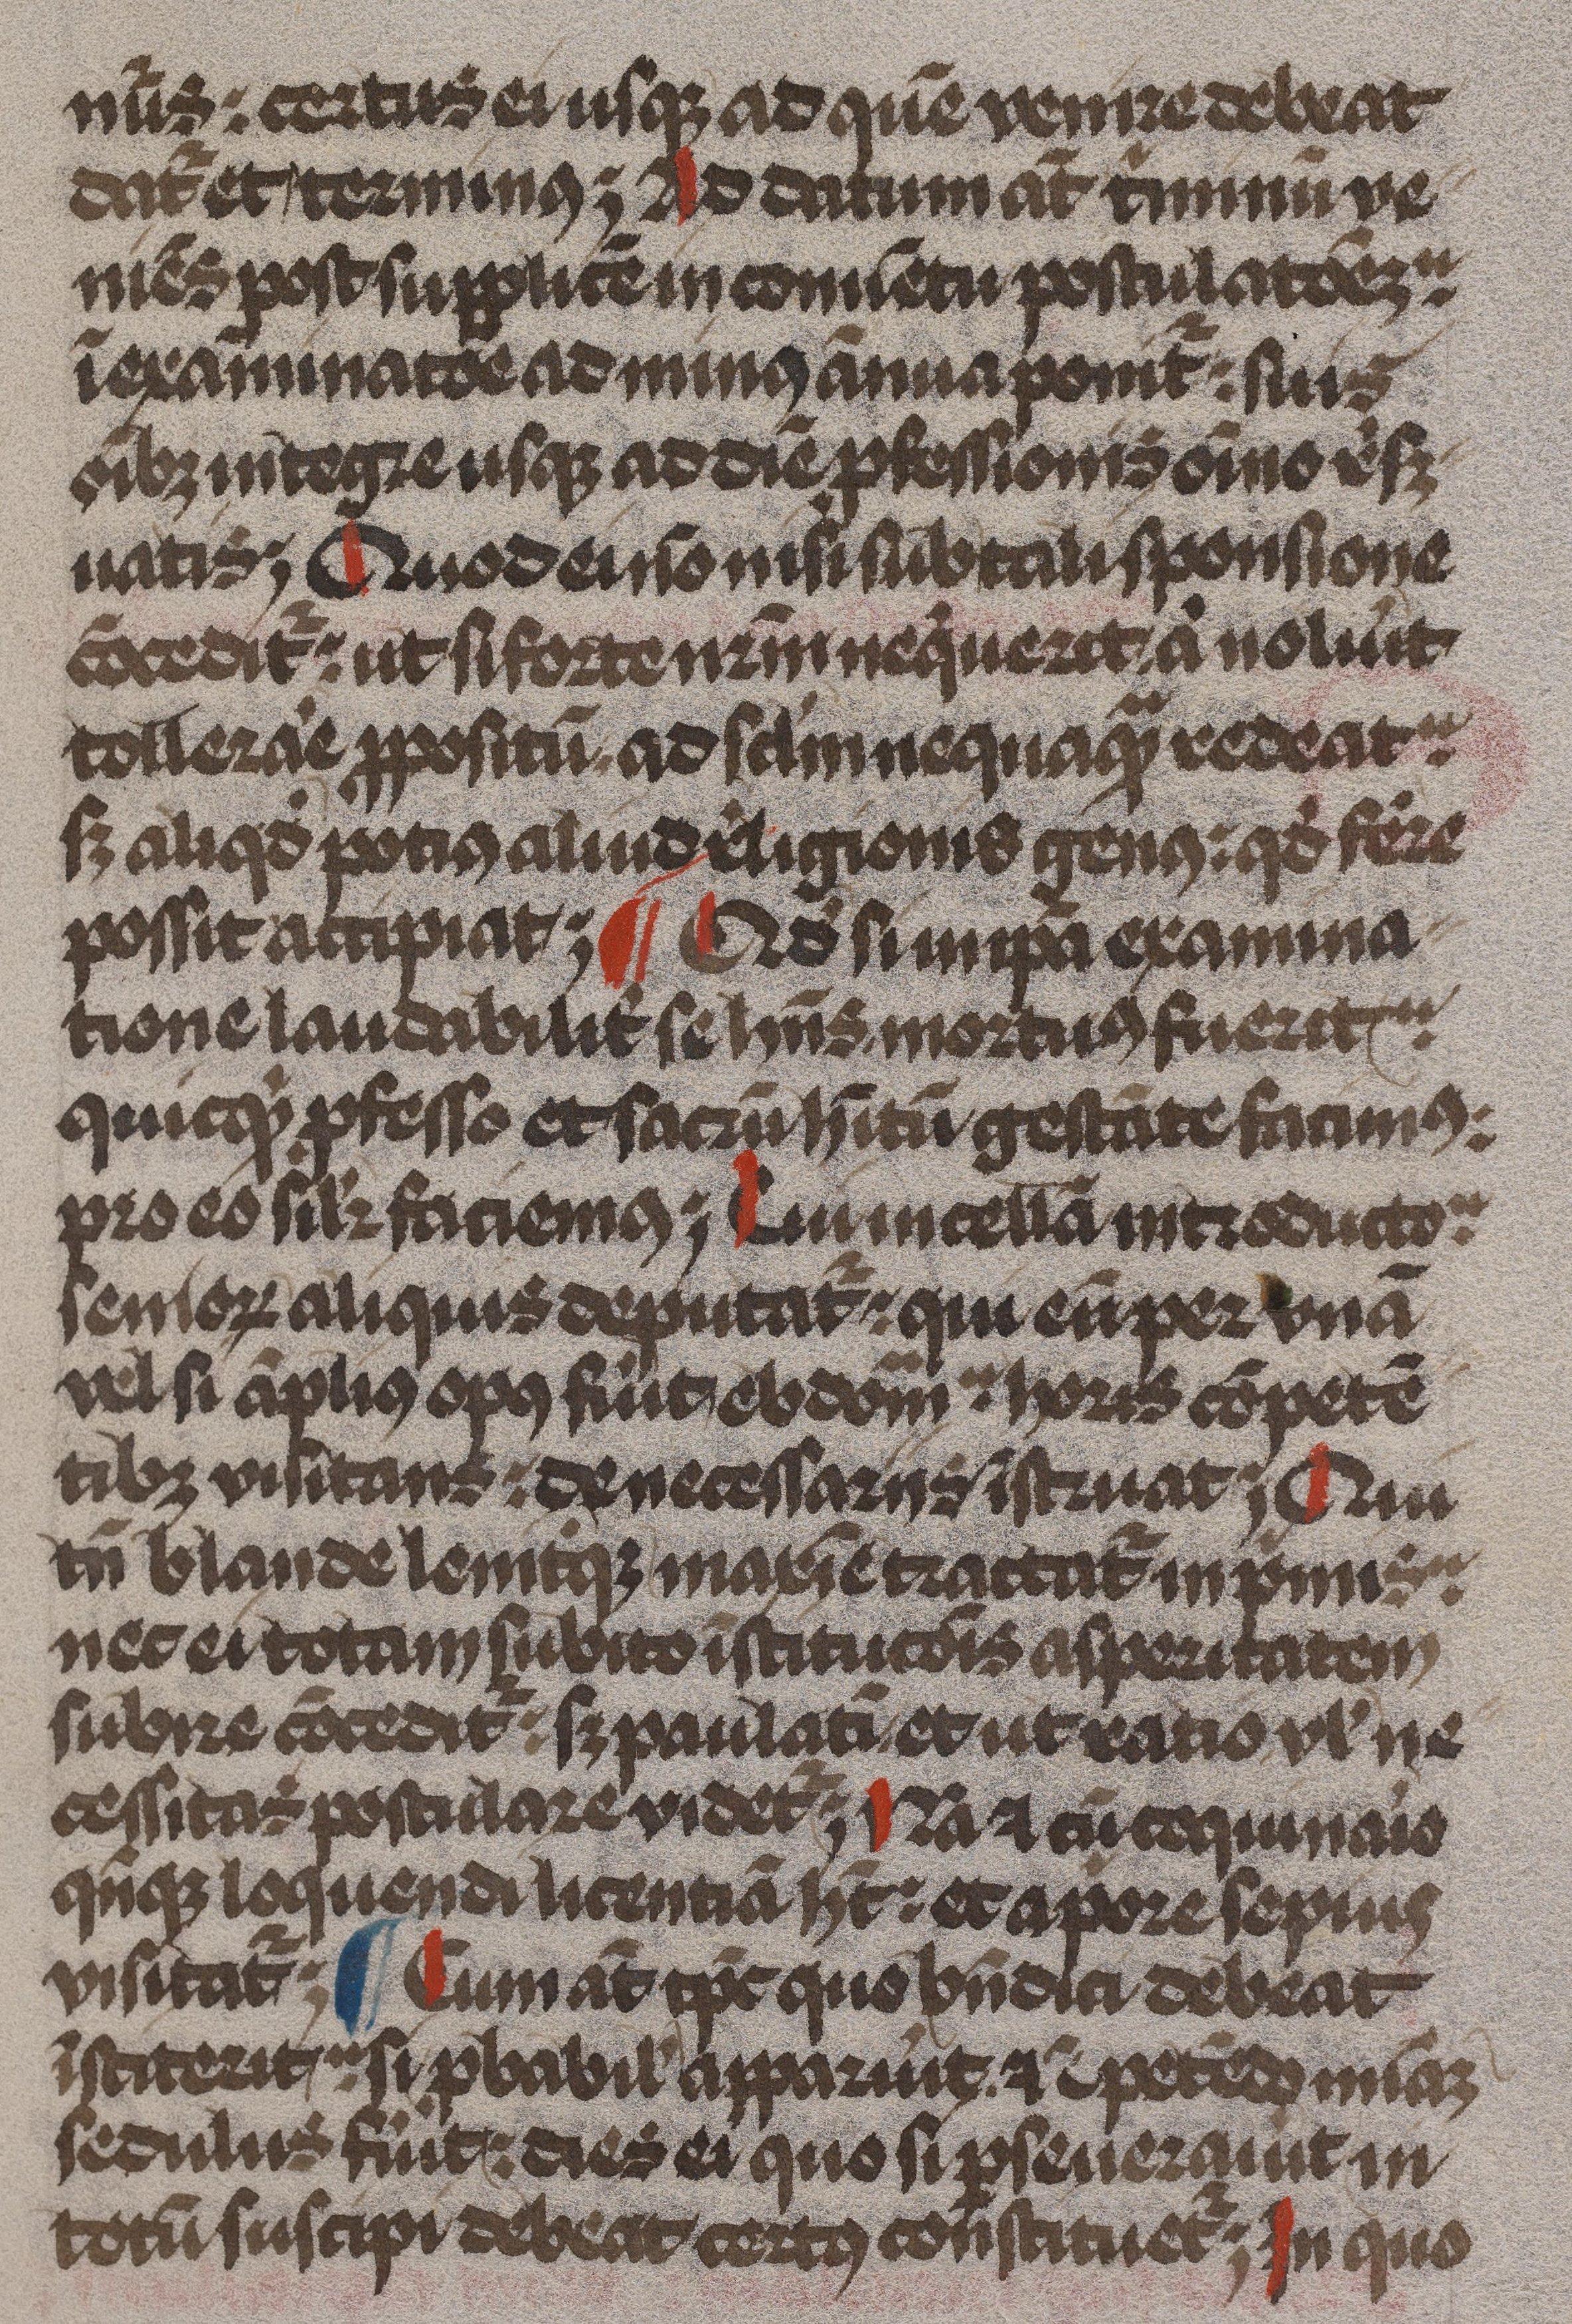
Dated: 1479–1479